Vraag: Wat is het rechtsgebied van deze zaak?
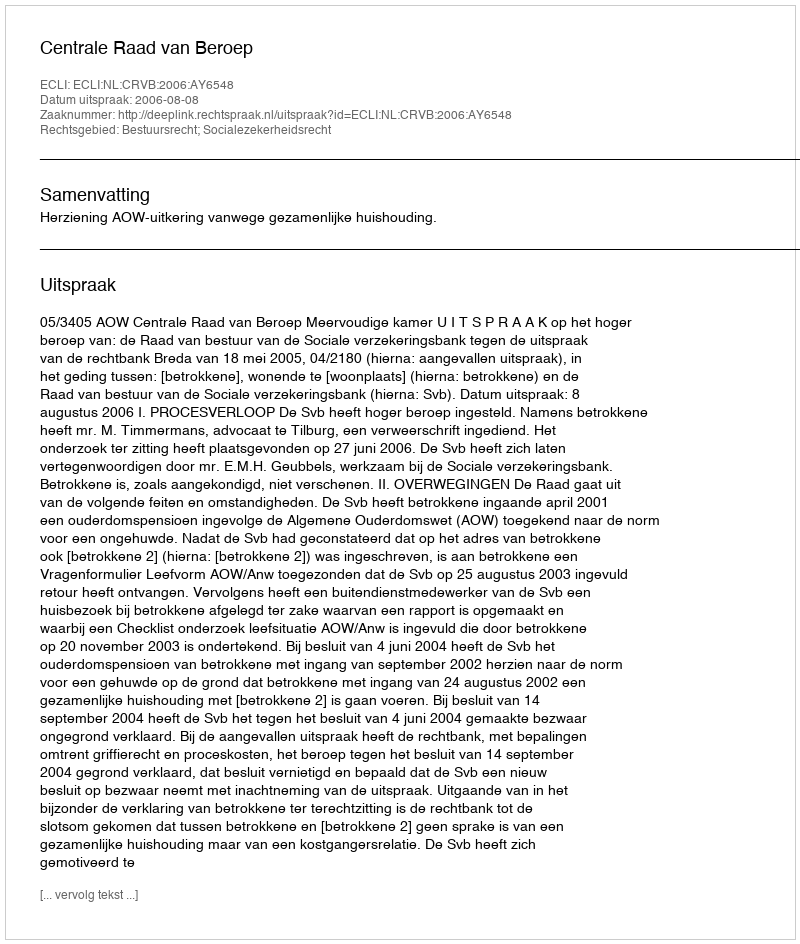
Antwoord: Bestuursrecht; Socialezekerheidsrecht